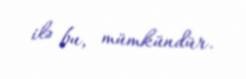
ilə bu, mümkündür.